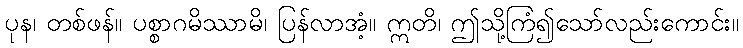
ပုန၊ တစ်ဖန်။ ပစ္စာဂမိဿာမိ၊ ပြန်လာအံ့။ ဣတိ၊ ဤသို့ကြံ၍သော်လည်းကောင်း။